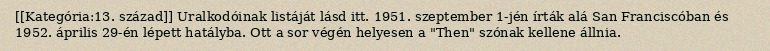
[[Kategória:13. század]] Uralkodóinak listáját lásd itt. 1951. szeptember 1-jén írták alá San Franciscóban és 1952. április 29-én lépett hatályba. Ott a sor végén helyesen a "Then" szónak kellene állnia.